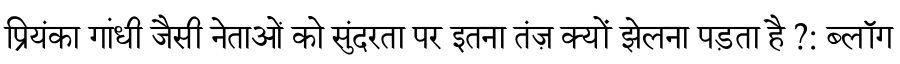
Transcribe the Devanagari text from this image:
प्रियंका गांधी जैसी नेताओं को सुंदरता पर इतना तंज़ क्यों झेलना पड़ता है ?: ब्लॉग